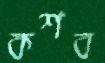
কশব